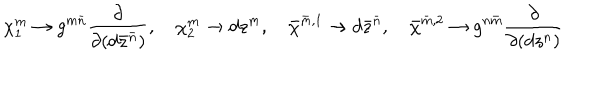
\chi _ { 1 } ^ { m } \to g ^ { m \bar { n } } \frac { \partial } { \partial ( d \bar { z } ^ { \bar { n } } ) } , \quad \chi _ { 2 } ^ { m } \to d z ^ { m } , \quad \bar { \chi } ^ { \bar { m } , 1 } \to d \bar { z } ^ { \bar { n } } , \quad \bar { \chi } ^ { \bar { m } , 2 } \to g ^ { n \bar { m } } \frac { \partial } { \partial ( d z ^ { n } ) }